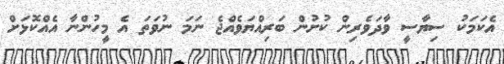
އެކަމަކު ސިޔާސީ ވާދަވެރިން ކުށުން ބަރިއްޔަވެއްޖެ ނަމަ ނުވަތަ އެ މީހުންނާ އެއްކޮޅަށް